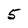
Character: 5